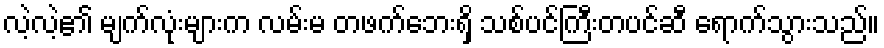
လဲ့လဲ့၏ မျက်လုံးများက လမ်းမ တဖက်ဘေးရှိ သစ်ပင်ကြီးတပင်ဆီ ရောက်သွားသည်။